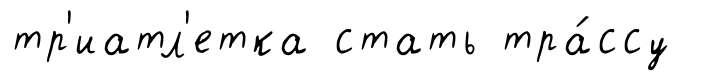
тр'иатл'етка стать тра́ссу